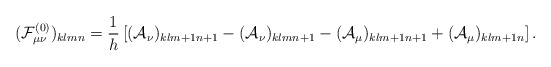
\begin{align*}({\cal F}^{(0)}_{\mu\nu})_{klmn}={1\over h}\left[({\cal A}_\nu)_{klm+1n+1}-({\cal A}_\nu)_{klmn+1}-({\cal A}_\mu)_{klm+1n+1}+({\cal A}_\mu)_{klm+1n}\right].\end{align*}